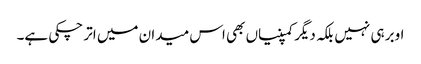
اوبر ہی نہیں بلکہ دیگر کمپنیاں بھی اس میدان میں اتر چکی ہے۔